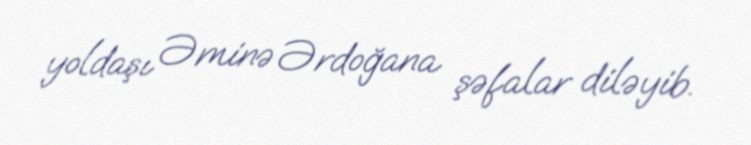
yoldaşı Əminə Ərdoğana şəfalar diləyib.